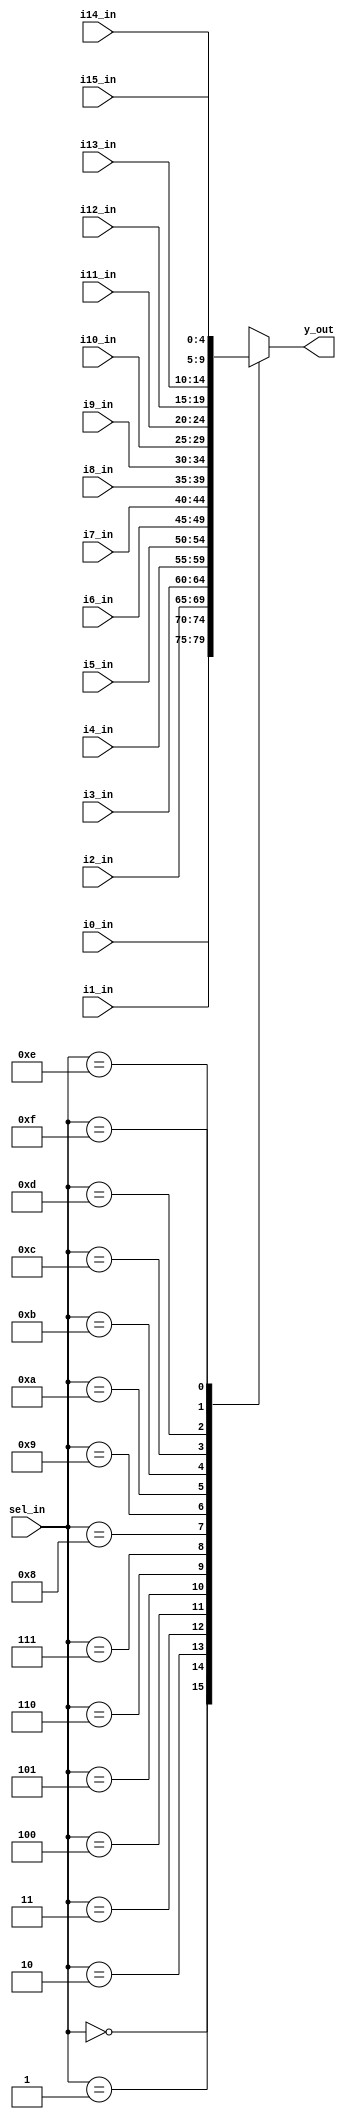
module mux16(y_out,i0_in,i1_in,i2_in,i3_in,i4_in,i5_in,i6_in,i7_in,i8_in,i9_in,i10_in,i11_in,i12_in,i13_in,
i14_in,i15_in,sel_in);
parameter BUS_WIDTH = 5;

output [BUS_WIDTH-1 : 0] y_out;
input [BUS_WIDTH-1 : 0] i0_in;
input [BUS_WIDTH-1 : 0] i1_in;
input [BUS_WIDTH-1 : 0] i2_in;
input [BUS_WIDTH-1 : 0] i3_in;
input [BUS_WIDTH-1 : 0] i4_in;
input [BUS_WIDTH-1 : 0] i5_in;
input [BUS_WIDTH-1 : 0] i6_in;
input [BUS_WIDTH-1 : 0] i7_in;
input [BUS_WIDTH-1 : 0] i8_in;
input [BUS_WIDTH-1 : 0] i9_in;
input [BUS_WIDTH-1 : 0] i10_in;
input [BUS_WIDTH-1 : 0] i11_in;
input [BUS_WIDTH-1 : 0] i12_in;
input [BUS_WIDTH-1 : 0] i13_in;
input [BUS_WIDTH-1 : 0] i14_in;
input [BUS_WIDTH-1 : 0] i15_in; 	
input [3:0] sel_in;

reg [BUS_WIDTH-1 : 0] y_out;
wire [BUS_WIDTH-1 : 0] i0_in;
wire [BUS_WIDTH-1 : 0] i1_in;
wire [BUS_WIDTH-1 : 0] i2_in;
wire [BUS_WIDTH-1 : 0] i3_in;
wire [BUS_WIDTH-1 : 0] i4_in;
wire [BUS_WIDTH-1 : 0] i5_in;
wire [BUS_WIDTH-1 : 0] i6_in;
wire [BUS_WIDTH-1 : 0] i7_in;
wire [BUS_WIDTH-1 : 0] i8_in;
wire [BUS_WIDTH-1 : 0] i9_in;
wire [BUS_WIDTH-1 : 0] i10_in;
wire [BUS_WIDTH-1 : 0] i11_in;
wire [BUS_WIDTH-1 : 0] i12_in;
wire [BUS_WIDTH-1 : 0] i13_in;
wire [BUS_WIDTH-1 : 0] i14_in;
wire [BUS_WIDTH-1 : 0] i15_in;
wire [3:0] sel_in;

always @(*)
begin
	case (sel_in)
		4'b0000 : y_out <= i0_in;
		4'b0001 : y_out <= i1_in;
		4'b0010 : y_out <= i2_in;
		4'b0011 : y_out <= i3_in;
		4'b0100 : y_out <= i4_in;
		4'b0101 : y_out <= i5_in;
		4'b0110 : y_out <= i6_in;
		4'b0111 : y_out <= i7_in;
		4'b1000 : y_out <= i8_in;
		4'b1001 : y_out <= i9_in;
		4'b1010 : y_out <= i10_in;
		4'b1011 : y_out <= i11_in;
		4'b1100 : y_out <= i12_in;
		4'b1101 : y_out <= i13_in;
		4'b1110 : y_out <= i14_in;
		4'b1111 : y_out <= i15_in;
	endcase
end

endmodule